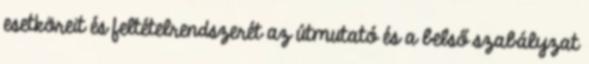
esetköreit és feltételrendszerét az útmutató és a belső szabályzat